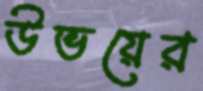
উভয়ের